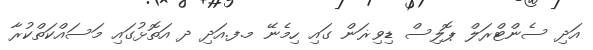
އަދި ސެންޓްރަލް ޕޮލިސް ޑިވިޜަން ގައި ހިމެނޭ މ.ފ.އަދި ދ އަތޮޅުގައި މަސައްކަތްކުރާ